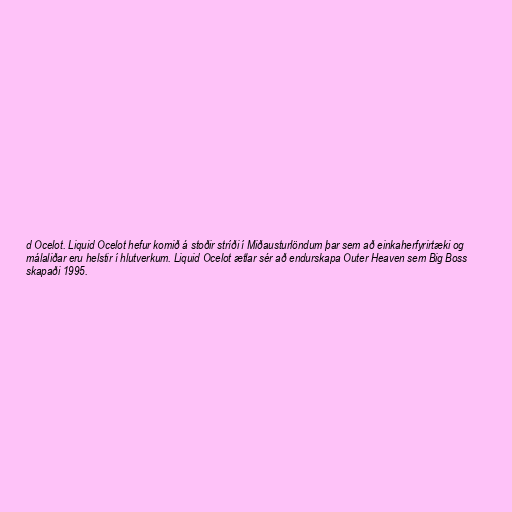
d Ocelot. Liquid Ocelot hefur komið á stoðir stríði í Miðausturlöndum þar sem að einkaherfyrirtæki og
málaliðar eru helstir í hlutverkum. Liquid Ocelot ætlar sér að endurskapa Outer Heaven sem Big Boss
skapaði 1995.